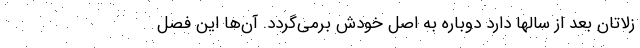
زلاتان بعد از سالها دارد دوباره به اصل خودش برمی‌گردد. آن‌ها این فصل